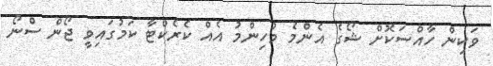
ވަކިން ހާއްސަކޮށް ޝޯގެ އެންމެ މުހިންމު އެއް ކެރެކްޓާ ކަމުގައިވީ ޖޯން ސްނޯ